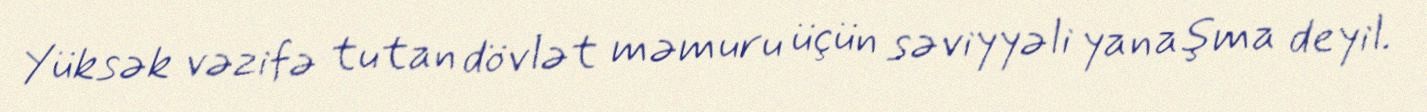
Yüksək vəzifə tutan dövlət məmuru üçün səviyyəli yanaşma deyil.